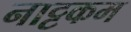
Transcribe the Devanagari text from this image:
नाट्टकम